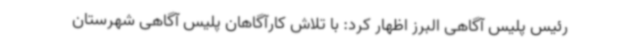
رئیس پلیس آگاهی البرز اظهار کرد: با تلاش کارآگاهان پلیس آگاهی شهرستان